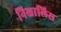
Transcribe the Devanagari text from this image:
निखालिस